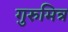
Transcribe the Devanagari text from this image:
गुरुमित्र